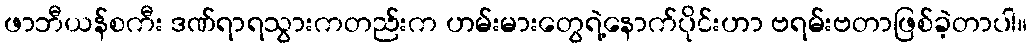
ဖာဘီယန်စကီး ဒဏ်ရာရသွားကတည်းက ဟမ်းမားတွေရဲ့နောက်ပိုင်းဟာ ဗရမ်းဗတာဖြစ်ခဲ့တာပါ။